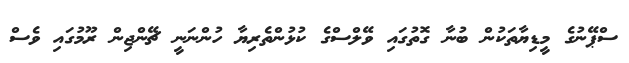
ސްޕޭނުގެ މީޑިޔާތަކުން ބުނާ ގޮތުގައި ވޭލްސްގެ ކުޅުންތެރިޔާ ހުންނަނީ ޗޭންޖިން ރޫމުގައި ވެސް